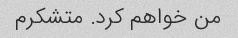
من خواهم کرد. متشکرم